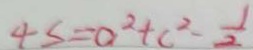
4 s = a ^ { 2 } + c ^ { 2 } - \frac { 1 } { 2 }